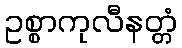
ဥစ္စာကုလီနတ္တံ